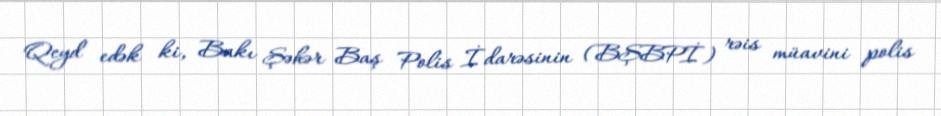
Qeyd edək ki, Bakı Şəhər Baş Polis İdarəsinin (BŞBPİ) rəis müavini polis